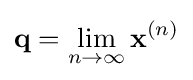
\mathbf {q} =\lim _{n\to \infty }\mathbf {x} ^{(n)}